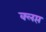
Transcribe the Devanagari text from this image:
क्लप्त